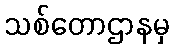
သစ်တောဌာနမှ